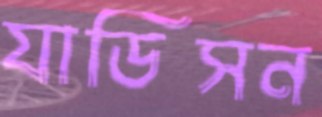
যাডিসন